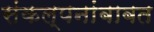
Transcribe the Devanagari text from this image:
संकल्पनांबाबत